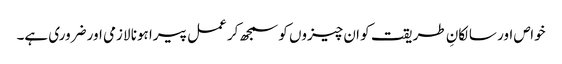
خواص اور سالکانِ طریقت کو ان چیزوں کو سمجھ کر عمل پیرا ہونا لازمی اور ضروری ہے۔